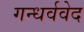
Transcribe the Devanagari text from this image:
गन्धर्ववेद